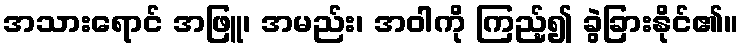
အသားရောင် အဖြူ၊ အမည်း၊ အဝါကို ကြည့်၍ ခွဲခြားနိုင်၏။